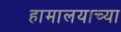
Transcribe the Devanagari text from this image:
हामालयाच्या